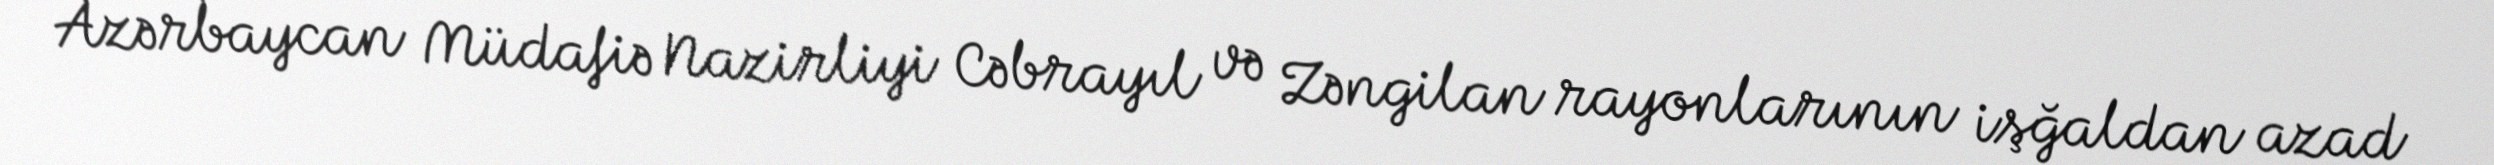
Azərbaycan Müdafiə Nazirliyi Cəbrayıl və Zəngilan rayonlarının işğaldan azad